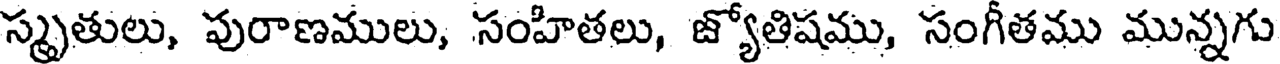
స్మృతులు, పురాణములు, సంహితలు, జ్యోతిషము, సంగీతము మున్నగు